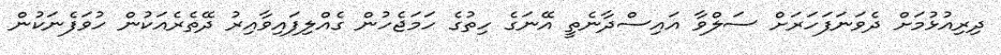
ދިރިއުޅުމަށް ދެވަނަފަހަރަށް ސަލްވާ އައިސްދާނެތީ އޭނަގެ ހިތުގެ ހަމަޖެހުން ގެއްލިފައިވާއިރު ދޭތެރެއަކުން ހުވަފެނަކުން